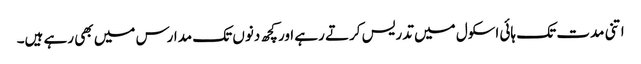
اتنی مدت تک ہائی اسکول میں تدریس کرتے رہے اور کچھ دنوں تک مدارس میں بھی رہے ہیں۔